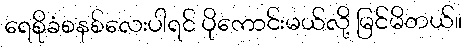
ရေစိုခံစနစ်လေးပါရင် ပိုကောင်းမယ်လို့ မြင်မိတယ်။